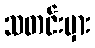
သတင်းမှား